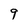
Character: 9